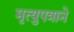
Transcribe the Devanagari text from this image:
मृत्युपत्राने